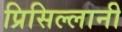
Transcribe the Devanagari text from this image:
प्रिसिल्लानी